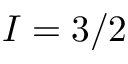
I = 3 / 2